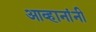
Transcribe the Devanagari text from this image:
आव्हानांनी